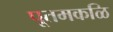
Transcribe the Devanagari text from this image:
पूतमकळि